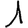
Digit: 1